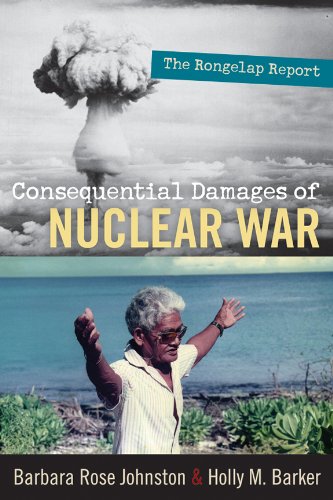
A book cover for Consequential Damages of Nuclear War: The Rongelap Report; Barbara Rose Johnston; History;